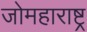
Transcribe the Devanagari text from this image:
जोमहाराष्ट्र